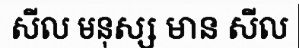
សីល មនុស្ស មាន សីល